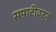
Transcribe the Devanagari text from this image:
सपाटीवरुन